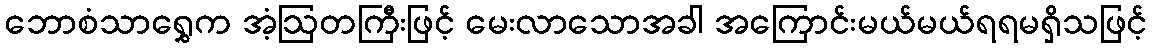
ဘောစံသာရွှေက အံ့ဩတကြီးဖြင့် မေးလာသောအခါ အကြောင်းမယ်မယ်ရရမရှိသဖြင့်